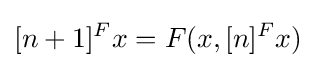
[n+1]^{F}x=F(x,[n]^{F}x)